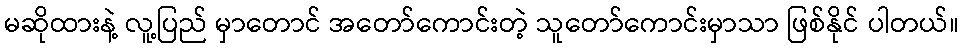
မဆိုထားနဲ့ လူ့ပြည် မှာတောင် အတော်ကောင်းတဲ့ သူတော်ကောင်းမှာသာ ဖြစ်နိုင် ပါတယ်။